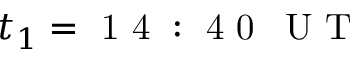
t _ { 1 } = \mathrm { ~ 1 ~ 4 ~ : ~ 4 ~ 0 ~ \, ~ U ~ T ~ }